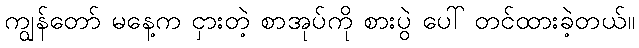
ကျွန်တော် မနေ့က ငှားတဲ့ စာအုပ်ကို စားပွဲ ပေါ် တင်ထားခဲ့တယ်။